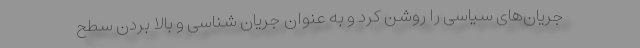
جریان‌های سیاسی را روشن کرد و به عنوان جریان شناسی و بالا بردن سطح